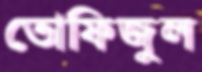
তোফিজুল